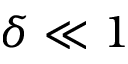
\delta \ll 1